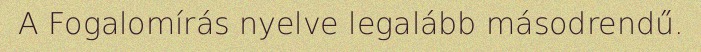
A Fogalomírás nyelve legalább másodrendű.